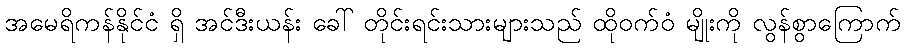
အမေရိကန်နိုင်ငံ ရှိ အင်ဒီးယန်း ခေါ် တိုင်းရင်းသားများသည် ထိုဝက်ဝံ မျိုးကို လွန်စွာကြောက်